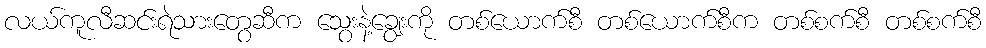
လယ်ကူလီဆင်းရဲသားတွေဆီက သွေးနဲ့ချွေးကို တစ်ယောက်စီ တစ်ယောက်စီက တစ်စက်စီ တစ်စက်စီ